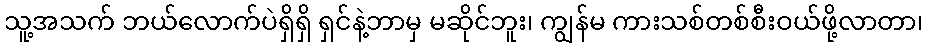
သူ့အသက် ဘယ်လောက်ပဲရှိရှိ ရှင်နဲ့ဘာမှ မဆိုင်ဘူး၊ ကျွန်မ ကားသစ်တစ်စီးဝယ်ဖို့လာတာ၊